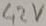
Text: 42V